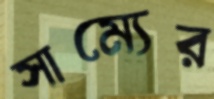
সাম্যের